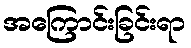
အကြောင်းခြင်းရာ